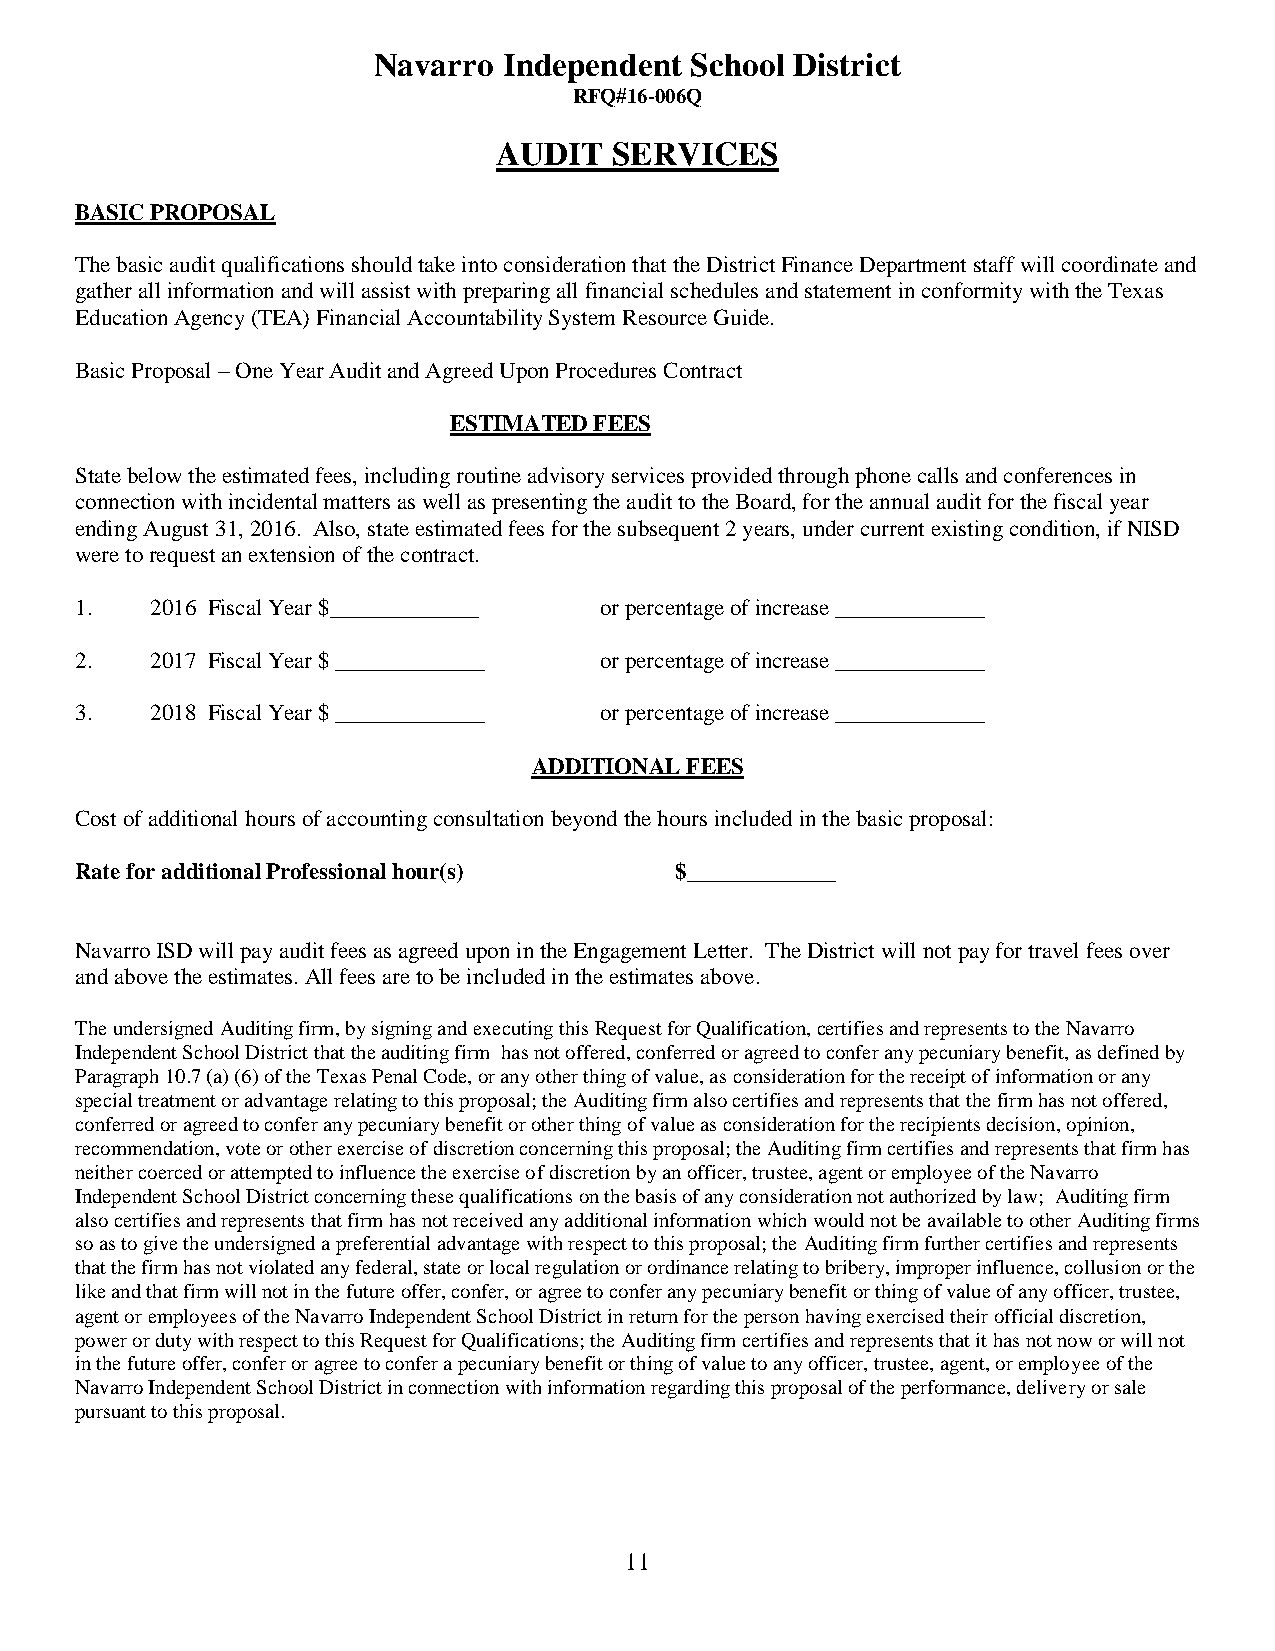
Navarro Independent  School District
 RFQ#16-006Q
 AUDIT   SERVICES
 BASIC PROPOSAL
 The basic audit qualifications should take into consideration that the District Finance Department staff will coordinate and
 gather all information and will assist with preparing all financial schedules and statement in conformity with the Texas
 Education Agency (TEA) Financial Accountability System Resource Guide.
 Basic Proposal – One Year Audit and Agreed Upon Procedures Contract
 ESTIMATED FEES
 State below the estimated fees, including routine advisory services provided through phone calls and conferences in
 connection with incidental matters as well as presenting the audit to the Board, for the annual audit for the fiscal year
 ending August 31, 2016. Also, state estimated fees for the subsequent 2 years, under current existing condition, if NISD
 were to request an extension of the contract.
 1.   2016 Fiscal Year $_____________ or percentage of increase _____________
 2.   2017 Fiscal Year $ _____________ or percentage of increase _____________
 3.   2018 Fiscal Year $ _____________ or percentage of increase _____________
 ADDITIONAL FEES
 Cost of additional hours of accounting consultation beyond the hours included in the basic proposal:
 Rate for additional Professional hour(s) $_____________
 Navarro ISD will pay audit fees as agreed upon in the Engagement Letter. The District will not pay for travel fees over
 and above the estimates. All fees are to be included in the estimates above.
 The undersigned Auditing firm, by signing and executing this Request for Qualification, certifies and represents to the Navarro
 Independent School District that the auditing firm has not offered, conferred or agreed to confer any pecuniary benefit, as defined by
 Paragraph 10.7 (a) (6) of the Texas Penal Code, or any other thing of value, as consideration for the receipt of information or any
 special treatment or advantage relating to this proposal; the Auditing firm also certifies and represents that the firm has not offered,
 conferred or agreed to confer any pecuniary benefit or other thing of value as consideration for the recipients decision, opinion,
 recommendation, vote or other exercise of discretion concerning this proposal; the Auditing firm certifies and represents that firm has
 neither coerced or attempted to influence the exercise of discretion by an officer, trustee, agent or employee of the Navarro
 Independent School District concerning these qualifications on the basis of any consideration not authorized by law; Auditing firm
 also certifies and represents that firm has not received any additional information which would not be available to other Auditing firms
 so as to give the undersigned a preferential advantage with respect to this proposal; the Auditing firm further certifies and represents
 that the firm has not violated any federal, state or local regulation or ordinance relating to bribery, improper influence, collusion or the
 like and that firm will not in the future offer, confer, or agree to confer any pecuniary benefit or thing of value of any officer, trustee,
 agent or employees of the Navarro Independent School District in return for the person having exercised their official discretion,
 power or duty with respect to this Request for Qualifications; the Auditing firm certifies and represents that it has not now or will not
 in the future offer, confer or agree to confer a pecuniary benefit or thing of value to any officer, trustee, agent, or employee of the
 Navarro Independent School District in connection with information regarding this proposal of the performance, delivery or sale
 pursuant to this proposal.
 11